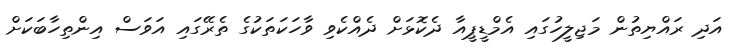
އަދި ރައްޔިތުން މަޖިލީހުގައި އެމްޑީޕީއާ ދެކޮޅަށް ދެއްކެވި ވާހަކަތަކުގެ ތެރޭގައި އަވަސް އިންތިހާބަކަށް